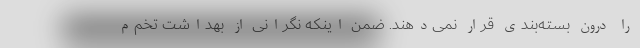
را درون بسته‌بندی قرار نمی‌دهند. ضمن اینکه نگرانی از بهداشت تخم‌م